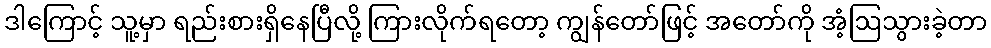
ဒါကြောင့် သူ့မှာ ရည်းစားရှိနေပြီလို့ ကြားလိုက်ရတော့ ကျွန်တော်ဖြင့် အတော်ကို အံ့ဩသွားခဲ့တာ